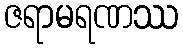
ဇရာမရဏဿ